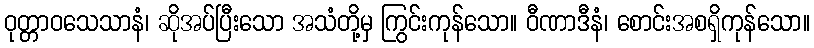
ဝုတ္တာဝသေသာနံ၊ ဆိုအပ်ပြီးသော အသံတို့မှ ကြွင်းကုန်သော။ ဝီဏာဒီနံ၊ စောင်းအစရှိကုန်သော။